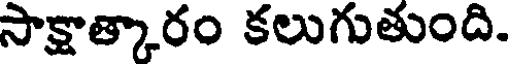
సాక్షాత్కారం కలుగుతుంది.